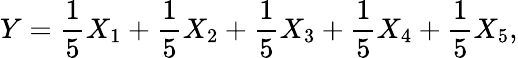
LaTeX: Y=\frac{1}{5}X_{1}+\frac{1}{5}X_{2}+\frac{1}{5}X_{3}+\frac{1}{5}X_{4}+\frac{1}{5}X_{5},